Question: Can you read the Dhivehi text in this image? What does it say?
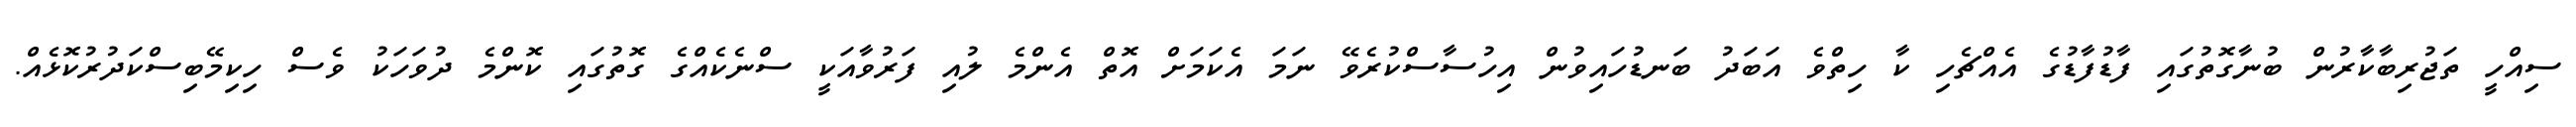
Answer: ސިއްހީ ތަޖުރިބާކާރުން ބުނާގޮތުގައި ފާޑުފާޑުގެ އެއްޗެހި ކާ ހިތްވެ އަބަދު ބަނޑުހައިވުން އިހުސާސްކުރެވޭ ނަމަ އެކަމަށް އޮތް އެންމެ ލުއި ފަރުވާއަކީ ސްނެކެއްގެ ގޮތުގައި ކޮންމެ ދުވަހަކު ވެސް ހިކިމޭބިސްކަދުރުކޮޅެއް.